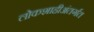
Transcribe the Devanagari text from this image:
लोकशाहीअंतर्गत